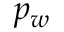
p _ { w }